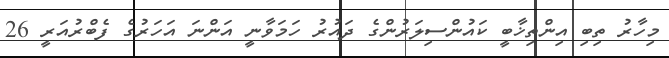
މިހާރު ތިބި އިންތިޚާބީ ކައުންސިލަރުންގެ ދައުރު ހަމަވާނީ އަންނަ އަހަރުގެ ފެބްރުއަރީ 26